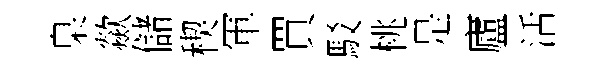
臬歘儲稧軍買駁桃是廬活